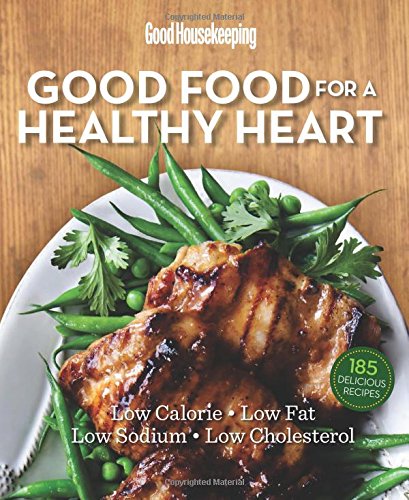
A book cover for Good Housekeeping Good Food for a Healthy Heart: Low Calorie * Low Fat * Low Sodium * Low Cholesterol; Cookbooks, Food & Wine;